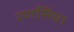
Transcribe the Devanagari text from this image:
रणसिंघा